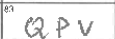
Transcription: QPV